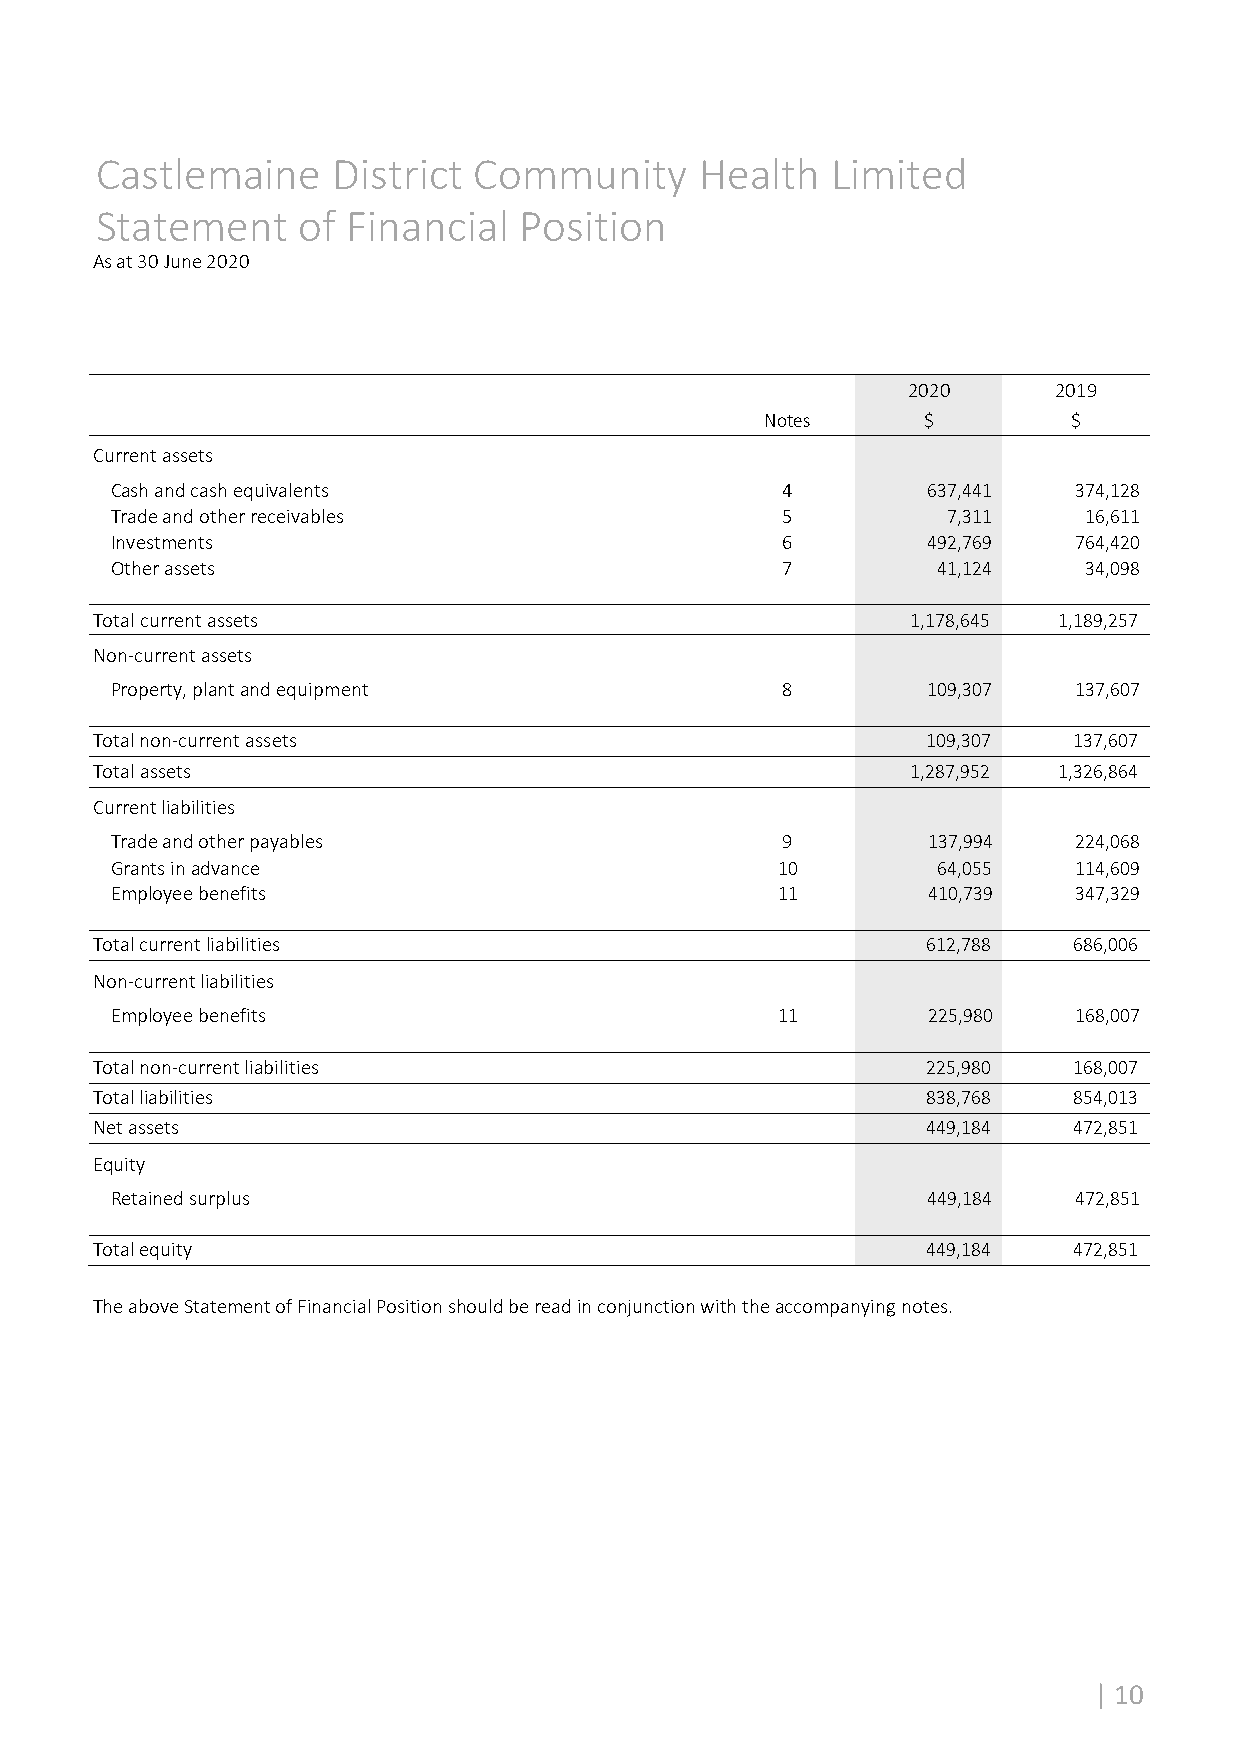
Castlemaine     District Community      Health   Limited
 Statement     of Financial  Position
 As at 30 June 2020
 2020      2019
 Notes     $         $
 Current assets
 Cash and cash equivalents                    4        637,441   374,128
 Trade and other receivables                  5          7,311    16,611
 Investments                                  6        492,769   764,420
 Other assets                                 7         41,124    34,098
 Total current assets                                  1,178,645 1,189,257
 Non‐current assets
 Property, plant and equipment                8        109,307   137,607
 Total non‐current assets                               109,307   137,607
 Total assets                                          1,287,952 1,326,864
 Current liabilities
 Trade and other payables                     9        137,994   224,068
 Grants in advance                           10         64,055   114,609
 Employee benefits                           11        410,739   347,329
 Total current liabilities                              612,788   686,006
 Non‐current liabilities
 Employee benefits                           11        225,980   168,007
 Total non‐current liabilities                          225,980   168,007
 Total liabilities                                      838,768   854,013
 Net assets                                             449,184   472,851
 Equity
 Retained surplus                                      449,184   472,851
 Total equity                                           449,184   472,851
 The above Statement of Financial Position should be read in conjunction with the accompanying notes.
 | 10